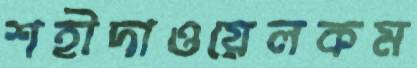
শহীদাওয়েলকম